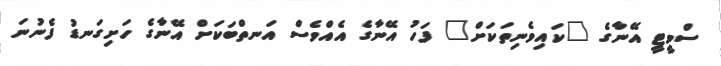
ސްވީޓީ އޭނާގެ "ކައިވެނިތަކަށް" ފަހު އޭނާގެ އެއްވެސް އަނތްބަކަށް އޭނާގެ ހަށިގަނޑު ފެނުނަ